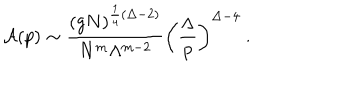
LaTeX: { \cal A } ( p ) \sim \frac { ( g N ) ^ { \frac { 1 } { 4 } ( \Delta - 2 ) } } { N ^ { m } \Lambda ^ { m - 2 } } \biggl ( \frac { \Lambda } { p } \biggr ) ^ { \Delta - 4 } \ .